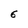
Character: 6